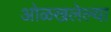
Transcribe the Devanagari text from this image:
ओळखलेल्या